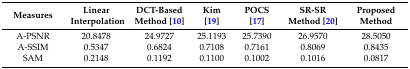
<table><thead><tr><td><b>Measures</b></td><td><b>Linear Interpolation</b></td><td><b>DCT-Based Method [10]</b></td><td><b>Kim [19]</b></td><td><b>POCS [17]</b></td><td><b>SR-SR Method [20]</b></td><td><b>Proposed Method</b></td></tr></thead><tbody><tr><td>A-PSNR</td><td>20.8478</td><td>24.9727</td><td>25.1193</td><td>25.7390</td><td>26.9570</td><td>28.5050</td></tr><tr><td>A-SSIM</td><td>0.5347</td><td>0.6824</td><td>0.7108</td><td>0.7161</td><td>0.8069</td><td>0.8435</td></tr><tr><td>SAM</td><td>0.2148</td><td>0.1192</td><td>0.1100</td><td>0.1002</td><td>0.1016</td><td>0.0817</td></tr></tbody></table>